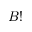
B !